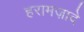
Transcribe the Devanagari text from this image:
हरामज़ादे